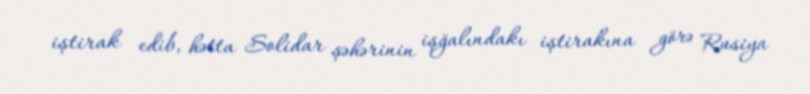
iştirak edib, hətta Solidar şəhərinin işğalındakı iştirakına görə Rusiya